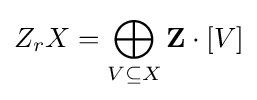
Z_{r}X=\bigoplus _{V\subseteq X}\mathbf {Z} \cdot [V]